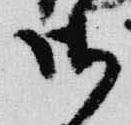
御